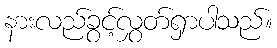
နားလည်ခွင့်လွှတ်ရှာပါသည်။